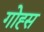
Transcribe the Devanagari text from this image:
गोह्स